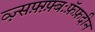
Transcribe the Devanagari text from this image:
व्ज़्सफ़्ग़्फ़्बःफ़ॅफ़दीन